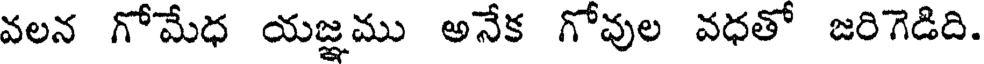
వలన గోమేధ యజ్ఞము అనేక గోవుల వధతో జరిగెడిది.